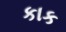
કાક